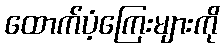
ထောက်ပံ့ကြေးများကို